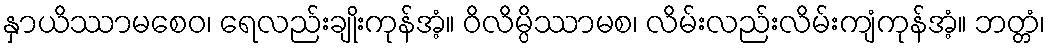
နှာယိဿာမစေဝ၊ ရေလည်းချိုးကုန်အံ့။ ဝိလိမ္ပိဿာမစ၊ လိမ်းလည်းလိမ်းကျံကုန်အံ့။ ဘတ္တံ၊